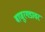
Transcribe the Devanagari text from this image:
बाणूरगडावर